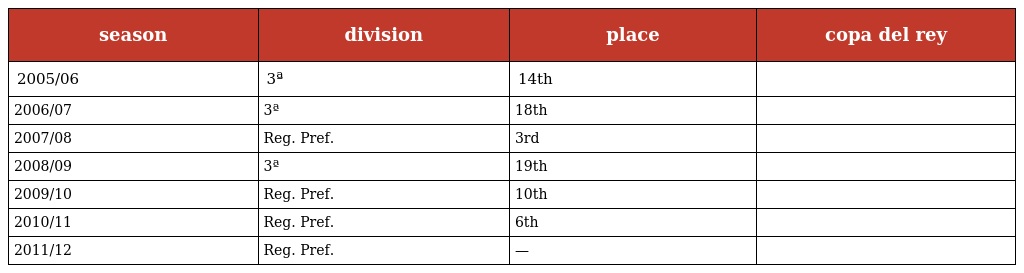
| season | division | place | copa del rey |
 | --- | --- | --- | --- |
 | 2005/06 | 3ª | 14th |  |
 | 2006/07 | 3ª | 18th |  |
 | 2007/08 | Reg. Pref. | 3rd |  |
 | 2008/09 | 3ª | 19th |  |
 | 2009/10 | Reg. Pref. | 10th |  |
 | 2010/11 | Reg. Pref. | 6th |  |
 | 2011/12 | Reg. Pref. | — |  |